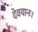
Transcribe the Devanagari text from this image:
देवयानः।